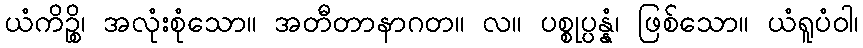
ယံကိဉ္စိ၊ အလုံးစုံသော။ အတီတာနာဂတ။ လ။ ပစ္စုပ္ပန္နံ၊ ဖြစ်သော။ ယံရူပံဝါ၊